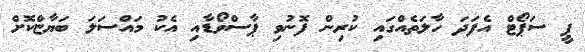
ޕީ ސަޕޯޓް އެފަދަ ހާލަތެއްގައި ކުރިން ފޮނުވި ޕާސްވޯޑާއި އެކު މައްސަލަ ބަޔާޏްކޮށް